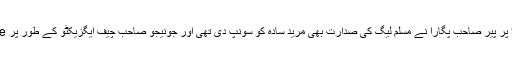
ضیاءالحق کی ’’درخواست‘‘ پر پیر صاحب پگارا نے مسلم لیگ کی صدارت بھی مریدِ سادہ کو سونپ دی تھی اور جونیجو صاحب چیف ایگزیکٹو کے طور پر behave کرنے لگے تھے۔